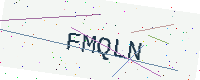
Text: FMQLN